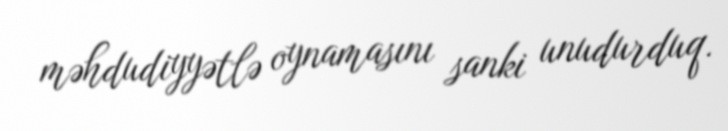
məhdudiyyətlə oynamasını sanki unudurduq.